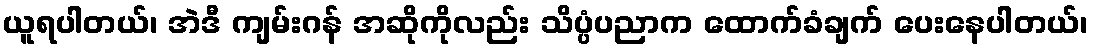
ယူရပါတယ်၊ အဲဒီ ကျမ်းဂန် အဆိုကိုလည်း သိပ္ပံပညာက ထောက်ခံချက် ပေးနေပါတယ်၊